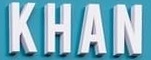
KHAN